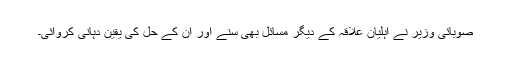
صوبائی وزیر نے اہلیان علاقہ کے دیگر مسائل بھی سنے اور ان کے حل کی یقین دہانی کروائی۔